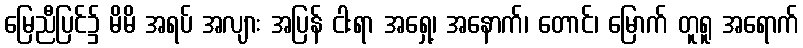
မြေညီပြင်၌ မိမိ အရပ် အလျား အပြန် ငါးရာ အရှေ့၊ အနောက်၊ တောင်၊ မြောက် တူရူ အရောက်